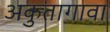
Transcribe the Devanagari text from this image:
अकुतागावा